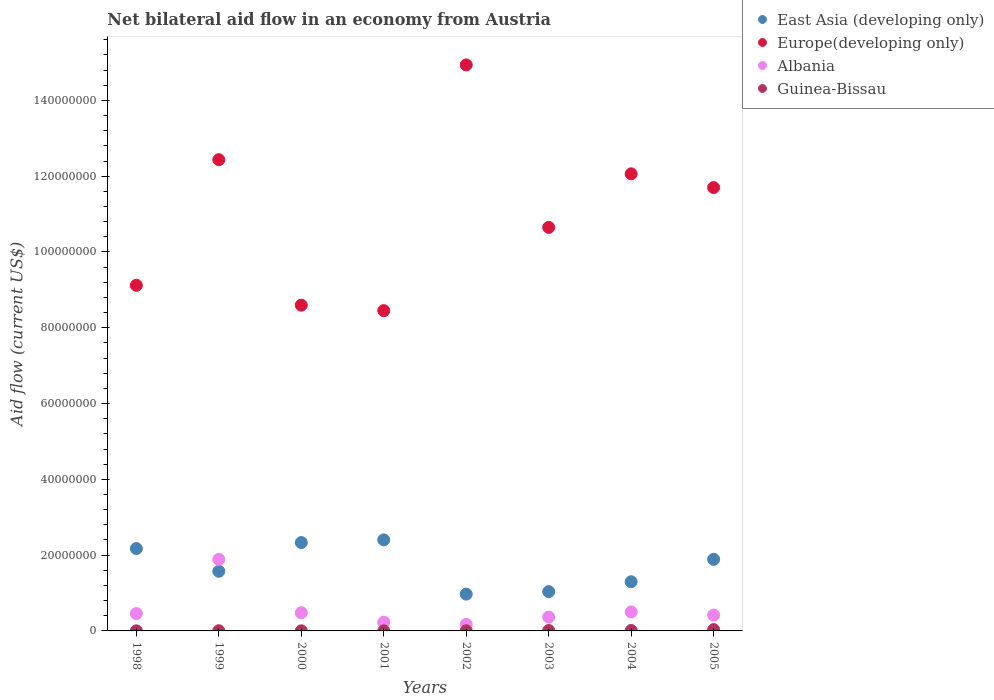
| Years | East Asia (developing only) | Europe(developing only) | Albania | Guinea-Bissau |
 | --- | --- | --- | --- | --- |
 | 1998 | 2.17e+07 | 9.12e+07 | 4.58e+06 | 3e+04 |
 | 1999 | 1.57e+07 | 1.24e+08 | 1.89e+07 | 5e+04 |
 | 2000 | 2.33e+07 | 8.6e+07 | 4.8e+06 | 3e+04 |
 | 2001 | 2.4e+07 | 8.45e+07 | 2.3e+06 | 2e+04 |
 | 2002 | 9.71e+06 | 1.49e+08 | 1.71e+06 | 3e+04 |
 | 2003 | 1.04e+07 | 1.06e+08 | 3.67e+06 | 1.1e+05 |
 | 2004 | 1.3e+07 | 1.21e+08 | 5.01e+06 | 1.1e+05 |
 | 2005 | 1.89e+07 | 1.17e+08 | 4.18e+06 | 3.5e+05 |